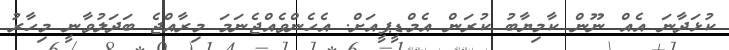
ކުޅަދާނަ އެއް ނޫން ކާމިޔާބު ކުރަން އެމްޑީޕީއަށް. އެހެންވެއްޖެނަމަ މިރާއްޖެ ބަދަލުވާނީ މިހާރު